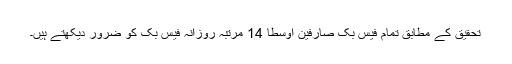
تحقیق کے مطابق تمام فیس بک صارفین اوسطاً 14 مرتبہ روزانہ فیس بک کو ضرور دیکھتے ہیں۔